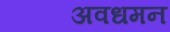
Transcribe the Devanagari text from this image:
अवधमन